Annual report on the Civil Veterinary Department, Burma (including the Insein Veterinary School) - 1923-1931
Year: 1923
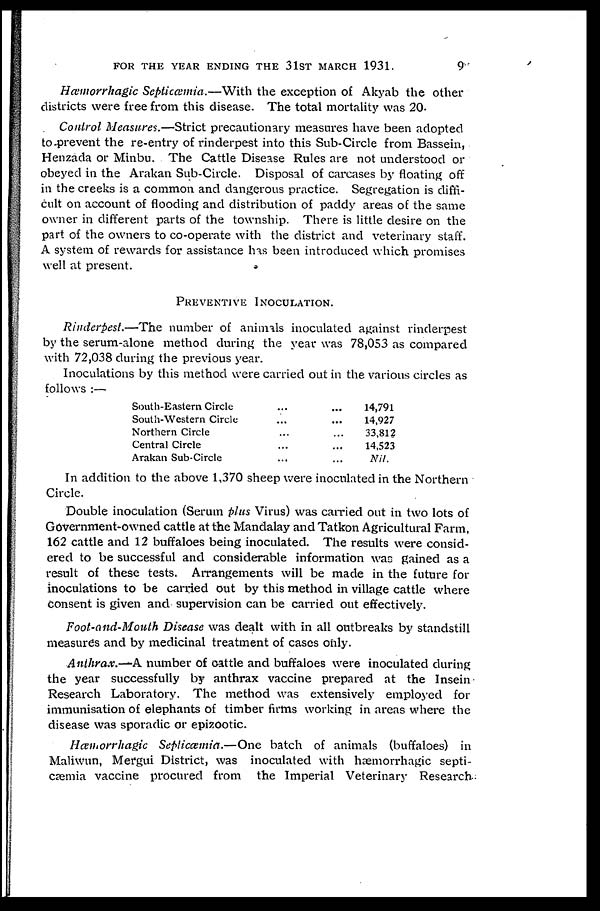
FOR THE YEAR ENDING THE 31ST MARCH 1931.
9
Hæmorrhagic Septicæmia.—With the exception of Akyab the other
districts were free from this disease. The total mortality was 20.
Control Measures.—Strict precautionary measures have been adopted
to prevent the re-entry of rinderpest into this Sub-Circle from Bassein,
Henzada or Minbu. The Cattle Disease Rules are not understood or
obeyed in the Arakan Sub-Circle. Disposal of carcases by floating off
in the creeks is a common and dangerous practice. Segregation is diffi-
cult on account of flooding and distribution of paddy areas of the same
owner in different parts of the township. There is little desire on the
part of the owners to co-operate with the district and veterinary staff.
A system of rewards for assistance has been introduced which promises
well at present.
PREVENTIVE INOCULATION.
Rinderpest.—The number of animals inoculated against rinderpest
by the serum-alone method during the year was 78,053 as compared
with 72,038 during the previous year.
Inoculations by this method were carried out in the various circles as
follows:—
South-Eastem Circle ... ...
South-Western Circle ... ...
Northern Circle ... ...
Central Circle ... ...
Arakan Sub-Circle ... ...
14,791
14,927
33,812
14,523
Nil.
In addition to the above 1,370 sheep were inoculated in the Northern
Circle.
Double inoculation (Serum plus Virus) was carried out in two lots of
Government-owned cattle at the Mandalay and Tatkon Agricultural Farm,
162 cattle and 12 buffaloes being inoculated. The results were consid-
ered to be successful and considerable information was gained as a
result of these tests. Arrangements will be made in the future for
inoculations to be carried out by this method in village cattle where
consent is given and supervision can be carried out effectively.
Foot-and-Mouth Disease was dealt with in all outbreaks by standstill
measures and by medicinal treatment of cases only.
Anthrax.—A number of cattle and buffaloes were inoculated during
the year successfully by anthrax vaccine prepared at the Insein
Research Laboratory. The method was extensively employed for
immunisation of elephants of ti
mber firms working in areas where the
disease was sporadic or epizootic.
Hæmorrhagic Septicæmia.—One batch of animals (buffaloes) in
Maliwun, Mergui District, was inoculated with hæmorrhagic septi-
cæmia vaccine procured from the Imperial Veterinary Research